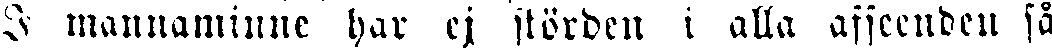
I mannaminne har ej störden i alla afseenden så